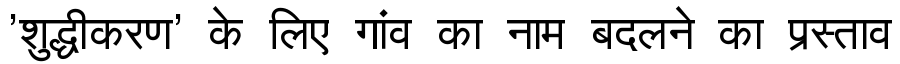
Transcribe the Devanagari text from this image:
'शुद्धीकरण' के लिए गांव का नाम बदलने का प्रस्ताव